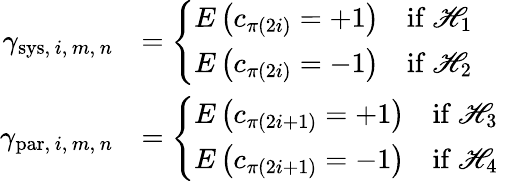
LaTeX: \begin{array}{rl}{\gamma_{\mathrm{sys},\, i,\, m,\, n}}&{=\left\{ \begin{array}{ll}{E\left(c_{\pi(2i)}=+1\right)}&{\mathrm{if~\mathscr{H}_1~}}\\ {E\left(c_{\pi(2i)}=-1\right)}&{\mathrm{if~\mathscr{H}_2~}}\end{array}\right.}\\ {\gamma_{\mathrm{par},\, i,\, m,\, n}}&{=\left\{ \begin{array}{ll}{E\left(c_{\pi(2i+1)}=+1\right)}&{\mathrm{if~\mathscr{H}_3~}}\\ {E\left(c_{\pi(2i+1)}=-1\right)}&{\mathrm{if~\mathscr{H}_4~}}\end{array}\right.}\end{array}